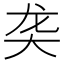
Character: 𬺛